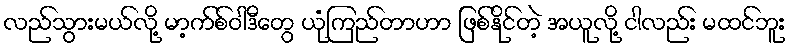
လည်သွားမယ်လို့ မာ့က်စ်ဝါဒီတွေ ယုံကြည်တာဟာ ဖြစ်နိုင်တဲ့ အယူလို့ ငါလည်း မထင်ဘူး